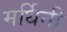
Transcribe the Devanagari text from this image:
मर्धिनी